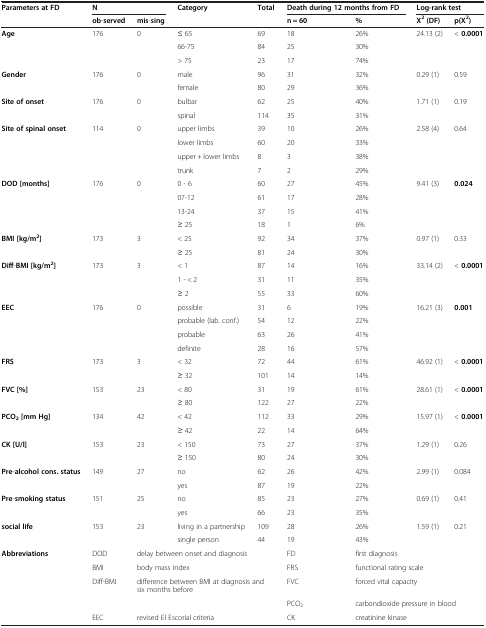
<table><thead><tr><td rowspan="2"><b>Parameters at FD</b></td><td colspan="2"><b>N</b></td><td rowspan="2"><b>Category</b></td><td rowspan="2"><b>Total</b></td><td colspan="2"><b>Death during 12 months from FD</b></td><td colspan="2"><b>Log-rank test</b></td></tr><tr><td><b>ob-served</b></td><td><b>mis-sing</b></td><td><b>n = 60</b></td><td><b>%</b></td><td><b>X<sup>2</sup>(DF)</b></td><td><b>p(X<sup>2</sup>)</b></td></tr></thead><tbody><tr><td rowspan="3"><b>Age</b></td><td rowspan="3">176</td><td rowspan="3">0</td><td>≤ 65</td><td>69</td><td>18</td><td>26%</td><td rowspan="3">24.13 (2)</td><td rowspan="3">&lt; <b>0.0001</b></td></tr><tr><td>66-75</td><td>84</td><td>25</td><td>30%</td></tr><tr><td>&gt; 75</td><td>23</td><td>17</td><td>74%</td></tr><tr><td rowspan="2"><b>Gender</b></td><td rowspan="2">176</td><td rowspan="2">0</td><td>male</td><td>96</td><td>31</td><td>32%</td><td rowspan="2">0.29 (1)</td><td rowspan="2">0.59</td></tr><tr><td>female</td><td>80</td><td>29</td><td>36%</td></tr><tr><td rowspan="2"><b>Site of onset</b></td><td rowspan="2">176</td><td rowspan="2">0</td><td>bulbar</td><td>62</td><td>25</td><td>40%</td><td rowspan="2">1.71 (1)</td><td rowspan="2">0.19</td></tr><tr><td>spinal</td><td>114</td><td>35</td><td>31%</td></tr><tr><td rowspan="4"><b>Site of spinal onset</b></td><td rowspan="4">114</td><td rowspan="4">0</td><td>upper limbs</td><td>39</td><td>10</td><td>26%</td><td rowspan="4">2.58 (4)</td><td rowspan="4">0.64</td></tr><tr><td>lower limbs</td><td>60</td><td>20</td><td>33%</td></tr><tr><td>upper + lower limbs</td><td>8</td><td>3</td><td>38%</td></tr><tr><td>trunk</td><td>7</td><td>2</td><td>29%</td></tr><tr><td rowspan="4"><b>DOD</b><b>[months]</b></td><td rowspan="4">176</td><td rowspan="4">0</td><td>0 - 6</td><td>60</td><td>27</td><td>45%</td><td rowspan="4">9.41 (3)</td><td rowspan="4"><b>0.024</b></td></tr><tr><td>07-12</td><td>61</td><td>17</td><td>28%</td></tr><tr><td>13-24</td><td>37</td><td>15</td><td>41%</td></tr><tr><td>≥ 25</td><td>18</td><td>1</td><td>6%</td></tr><tr><td rowspan="2"><b>BMI</b><b>[kg/</b><b>m</b><sup><b>2</b></sup><b>]</b></td><td rowspan="2">173</td><td rowspan="2">3</td><td>&lt; 25</td><td>92</td><td>34</td><td>37%</td><td rowspan="2">0.97 (1)</td><td rowspan="2">0.33</td></tr><tr><td>≥ 25</td><td>81</td><td>24</td><td>30%</td></tr><tr><td rowspan="3"><b>Diff</b>-<b>BMI</b><b>[kg/</b><b>m</b><sup><b>2</b></sup><b>]</b></td><td rowspan="3">173</td><td rowspan="3">3</td><td>&lt; 1</td><td>87</td><td>14</td><td>16%</td><td rowspan="3">33.14 (2)</td><td rowspan="3">&lt; <b>0.0001</b></td></tr><tr><td>1 - &lt; 2</td><td>31</td><td>11</td><td>35%</td></tr><tr><td>≥ 2</td><td>55</td><td>33</td><td>60%</td></tr><tr><td rowspan="4"><b>EEC</b></td><td rowspan="4">176</td><td rowspan="4">0</td><td>possible</td><td>31</td><td>6</td><td>19%</td><td rowspan="4">16.21 (3)</td><td rowspan="4"><b>0.001</b></td></tr><tr><td>probable (lab. conf.)</td><td>54</td><td>12</td><td>22%</td></tr><tr><td>probable</td><td>63</td><td>26</td><td>41%</td></tr><tr><td>definite</td><td>28</td><td>16</td><td>57%</td></tr><tr><td rowspan="2"><b>FRS</b></td><td rowspan="2">173</td><td rowspan="2">3</td><td>&lt; 32</td><td>72</td><td>44</td><td>61%</td><td rowspan="2">46.92 (1)</td><td rowspan="2">&lt; <b>0.0001</b></td></tr><tr><td>≥ 32</td><td>101</td><td>14</td><td>14%</td></tr><tr><td rowspan="2"><b>FVC [%]</b></td><td rowspan="2">153</td><td rowspan="2">23</td><td>&lt; 80</td><td>31</td><td>19</td><td>61%</td><td rowspan="2">28.61 (1)</td><td rowspan="2">&lt; <b>0.0001</b></td></tr><tr><td>≥ 80</td><td>122</td><td>27</td><td>22%</td></tr><tr><td rowspan="2"><b>PCO</b><sub><b>2</b></sub><b>[mm Hg]</b></td><td rowspan="2">134</td><td rowspan="2">42</td><td>&lt; 42</td><td>112</td><td>33</td><td>29%</td><td rowspan="2">15.97 (1)</td><td rowspan="2">&lt; <b>0.0001</b></td></tr><tr><td>≥ 42</td><td>22</td><td>14</td><td>64%</td></tr><tr><td rowspan="2"><b>CK</b><b> [U/</b><b>l]</b></td><td rowspan="2">153</td><td rowspan="2">23</td><td>&lt; 150</td><td>73</td><td>27</td><td>37%</td><td rowspan="2">1.29 (1)</td><td rowspan="2">0.26</td></tr><tr><td>≥ 150</td><td>80</td><td>24</td><td>30%</td></tr><tr><td rowspan="2"><b>Pre</b>-<b>alcohol cons. status</b></td><td rowspan="2">149</td><td rowspan="2">27</td><td>no</td><td>62</td><td>26</td><td>42%</td><td rowspan="2">2.99 (1)</td><td rowspan="2">0.084</td></tr><tr><td>yes</td><td>87</td><td>19</td><td>22%</td></tr><tr><td rowspan="2"><b>Pre</b>-<b>smoking status</b></td><td rowspan="2">151</td><td rowspan="2">25</td><td>no</td><td>85</td><td>23</td><td>27%</td><td rowspan="2">0.69 (1)</td><td rowspan="2">0.41</td></tr><tr><td>yes</td><td>66</td><td>23</td><td>35%</td></tr><tr><td rowspan="2"><b>social life</b></td><td rowspan="2">153</td><td rowspan="2">23</td><td>living in a partnership</td><td>109</td><td>28</td><td>26%</td><td rowspan="2">1.59 (1)</td><td rowspan="2">0.21</td></tr><tr><td>single person</td><td>44</td><td>19</td><td>43%</td></tr><tr><td rowspan="5"><b>Abbreviations</b></td><td>DOD</td><td colspan="3">delay between onset and diagnosis</td><td>FD</td><td colspan="3">first diagnosis</td></tr><tr><td>BMI</td><td colspan="3">body mass index</td><td>FRS</td><td colspan="3">functional rating scale</td></tr><tr><td>Diff-BMI</td><td colspan="3">difference between BMI at diagnosis and six months before</td><td>FVC</td><td colspan="3">forced vital capacity</td></tr><tr><td></td><td colspan="3"></td><td>PCO<sub>2</sub></td><td colspan="3">carbondioxide pressure in blood</td></tr><tr><td>EEC</td><td colspan="3">revised El Escorial criteria</td><td>CK</td><td colspan="3">creatinine kinase</td></tr></tbody></table>